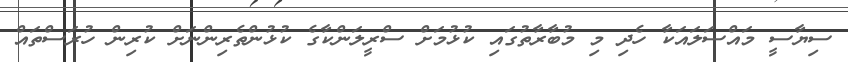
ސިޔާސީ މައްސަލައަކާ ހެދި މި މުބާރާތުގައި ކުޅުމަށް ސްރީލަންކާގެ ކުޅުންތެރިންނަށް ކުރިން ހުރަސްތައް